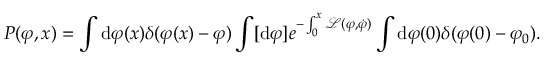
P ( \varphi , x ) = \int \mathrm { d } \varphi ( x ) \delta ( \varphi ( x ) - \varphi ) \int [ \mathrm { d } \varphi ] e ^ { - \int _ { 0 } ^ { x } \mathcal { L } ( \varphi , \dot { \varphi } ) } \int \mathrm { d } \varphi ( 0 ) \delta ( \varphi ( 0 ) - \varphi _ { 0 } ) .